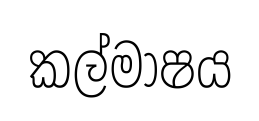
කල්මාෂය